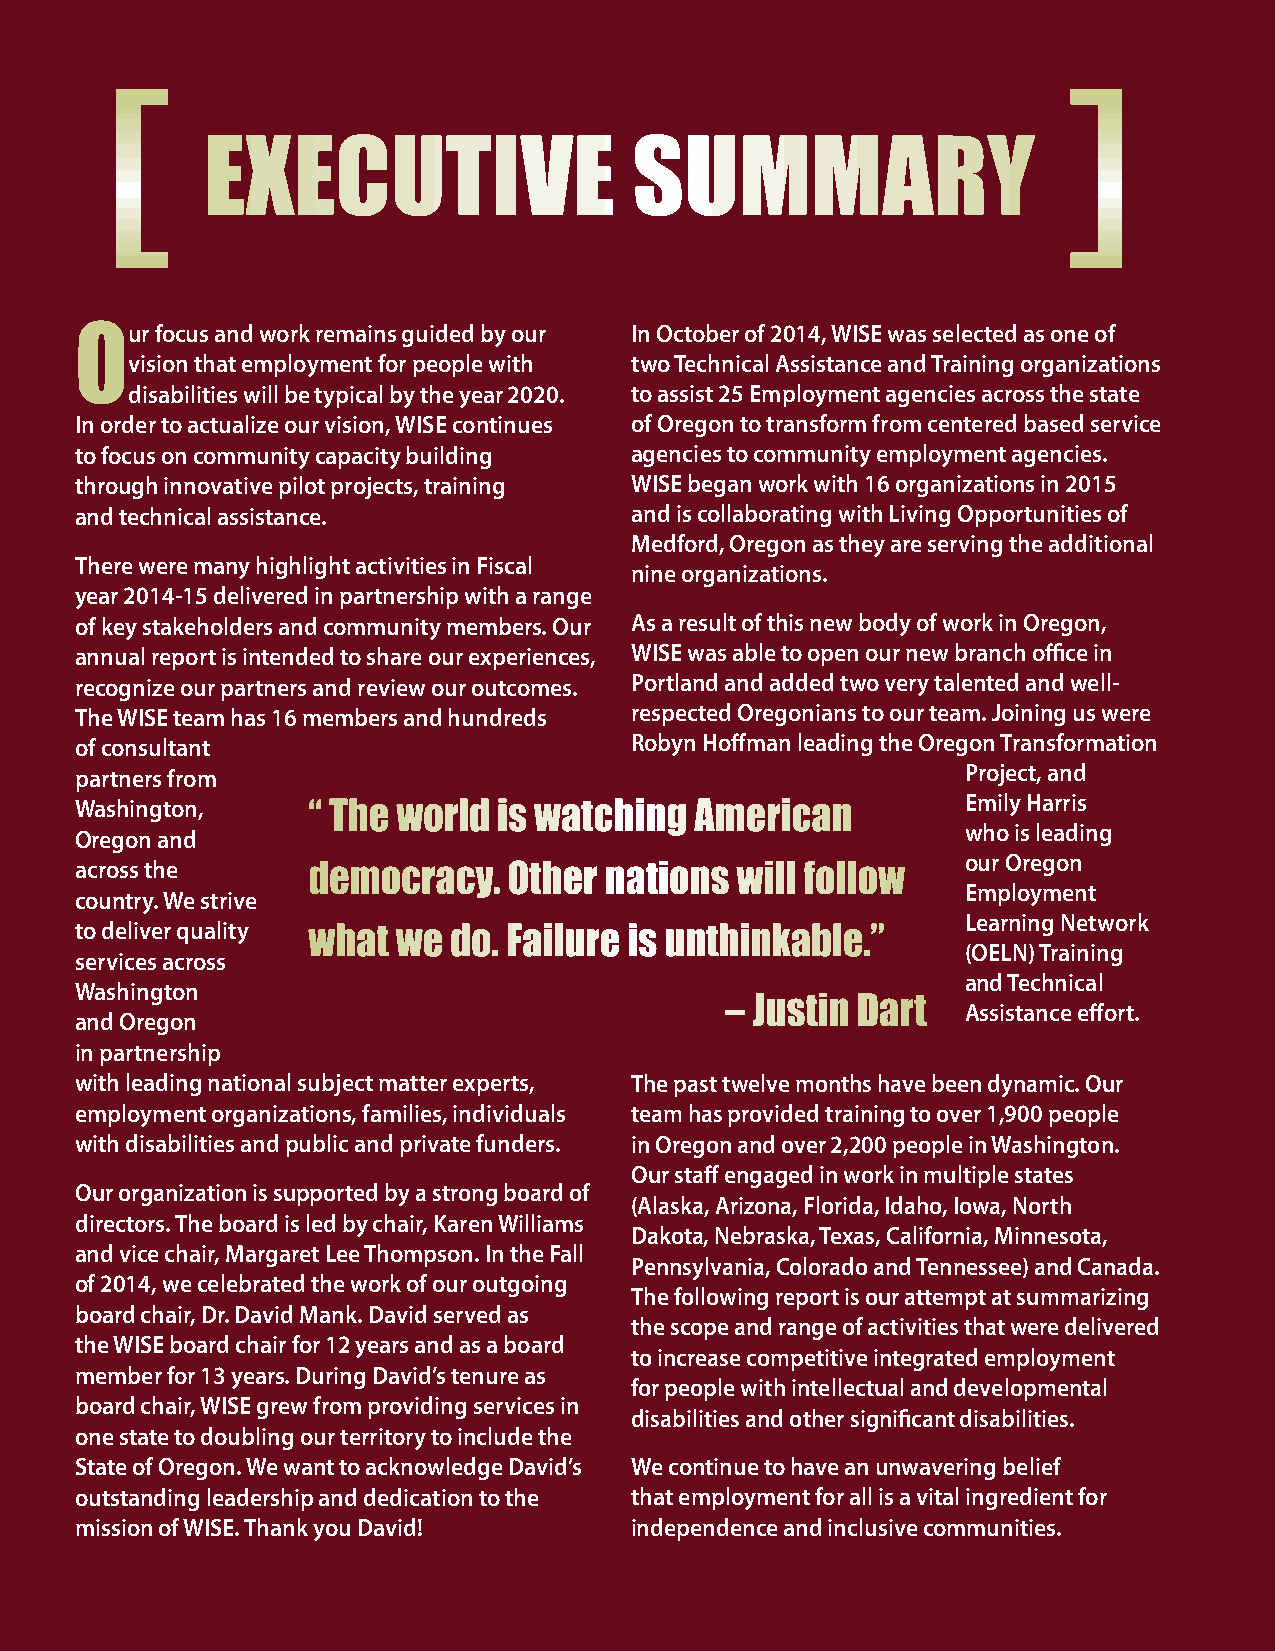
[
 executive                    summAry
 our  focus and work remains guided by our In October of 2014, WISE was selected as one of
 vision that employment for people with two Technical Assistance and Training organizations
 disabilities will be typical by the year 2020. to assist 25 Employment agencies across the state
 In order to actualize our vision, WISE continues of Oregon to transform from centered based service
 to focus on community capacity building agencies to community employment agencies.
 through innovative pilot projects, training WISE began work with 16 organizations in 2015
 and technical assistance.            and is collaborating with Living Opportunities of
 Medford, Oregon as they are serving the additional
 There were many highlight activities in Fiscal
 nine organizations.
 year 2014-15 delivered in partnership with a range
 of key stakeholders and community members. Our As a result of this new body of work in Oregon,
 annual report is intended to share our experiences, WISE was able to open our new branch office in
 recognize our partners and review our outcomes. Portland and added two very talented and well-
 The WISE team has 16 members and hundreds respected Oregonians to our team. Joining us were
 of consultant                        Robyn Hoffman leading the Oregon Transformation
 partners from                                              Project, and
 Washington,    “ the world  is watching  American          Emily Harris
 who is leading
 Oregon and
 our Oregon
 across the     democracy.    other nations  will follow
 Employment
 country. We strive
 Learning Network
 to deliver quality what we do. failure is unthinkable.”
 (OELN) Training
 services across
 and Technical
 Washington
 – Justin dart
 Assistance effort.
 and Oregon
 in partnership
 with leading national subject matter experts, The past twelve months have been dynamic. Our
 employment organizations, families, individuals team has provided training to over 1,900 people
 with disabilities and public and private funders. in Oregon and over 2,200 people in Washington.
 Our staff engaged in work in multiple states
 Our organization is supported by a strong board of
 (Alaska, Arizona, Florida, Idaho, Iowa, North
 directors. The board is led by chair, Karen Williams
 Dakota, Nebraska, Texas, California, Minnesota,
 and vice chair, Margaret Lee Thompson. In the Fall
 Pennsylvania, Colorado and Tennessee) and Canada.
 of 2014, we celebrated the work of our outgoing
 The following report is our attempt at summarizing
 board chair, Dr. David Mank. David served as
 the scope and range of activities that were delivered
 the WISE board chair for 12 years and as a board
 to increase competitive integrated employment
 member for 13 years. During David’s tenure as
 for people with intellectual and developmental
 board chair, WISE grew from providing services in
 disabilities and other significant disabilities.
 one state to doubling our territory to include the
 State of Oregon. We want to acknowledge David’s We continue to have an unwavering belief
 outstanding leadership and dedication to the that employment for all is a vital ingredient for
 mission of WISE. Thank you David!    independence and inclusive communities.
 [